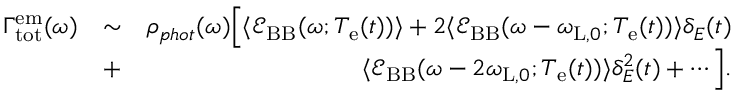
\begin{array} { r l r } { \Gamma _ { \mathrm { t o t } } ^ { \mathrm { e m } } ( \omega ) } & { \sim } & { \rho _ { p h o t } ( \omega ) \Big [ \langle \mathcal { E } _ { \mathrm { B B } } ( \omega ; T _ { \mathrm { e } } ( t ) ) \rangle + 2 \langle \mathcal { E } _ { \mathrm { B B } } ( \omega - \omega _ { \mathrm { L } , 0 } ; T _ { \mathrm { e } } ( t ) ) \rangle \delta _ { E } ( t ) } \\ & { + } & { \langle \mathcal { E } _ { \mathrm { B B } } ( \omega - 2 \omega _ { \mathrm { L } , 0 } ; T _ { \mathrm { e } } ( t ) ) \rangle \delta _ { E } ^ { 2 } ( t ) + \cdots \Big ] . } \end{array}